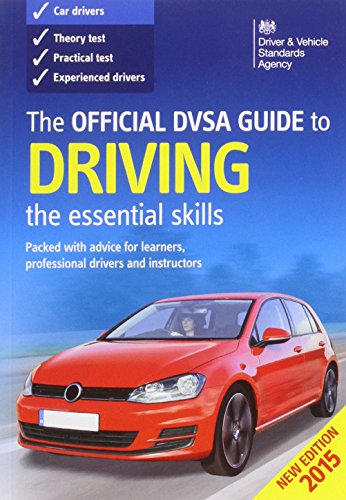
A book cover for The Official DVSA Guide to Driving 2014: The Essential Skills; Driver and Vehicle Standards Agency (DVSA); Test Preparation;